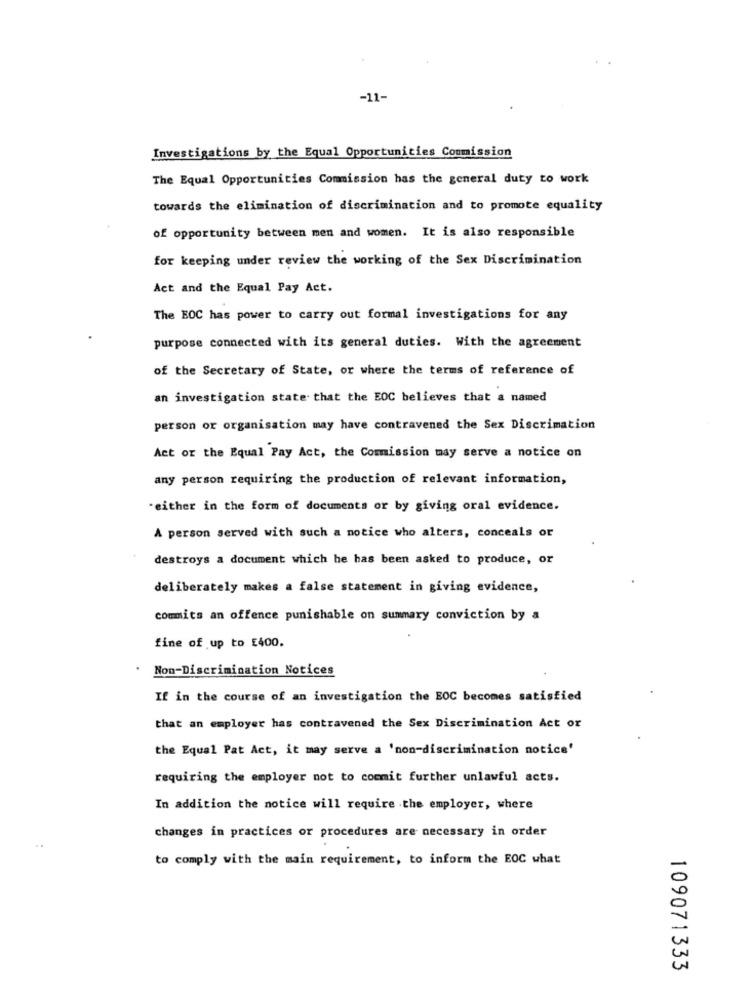
-11-
Investigations by the Equal Opportunities Commission
The Equal Opportunities Commission has the general duty to work
towards the elimination of discrimination and to promote equality
of opportunity between men and women. It is also responsible
for keeping under review the working of the Sex Discrimination
Act and the Equal Pay Act.
The BOC has power to carry out formal investigations for any
purpose connected with its general duties. With the agreement
of the Secretary of State, or where the terms of reference of
an investigation state that the EOC believes that a named
person or organisation may have contravened the Sex Discrimation
Act or the Equal Pay Act, the Commission may serve a notice on
any person requiring the production of relevant information,
-either in the form of documents or by giving oral evidence.
A person served with such a notice who alters, conceals or
destroys a document which he has been asked to produce, or
deliberately makes a false statement in giving evidence,
commits an offence punishable on summary conviction by a
fine of up to E400.
Non-Discrimination Notices
If in the course of an investigation the BOC becomes satisfied
that an employer has contravened the Sex Discrimination Act or
the Equal Pat Act, it may serve a 'non-discrimination notice'
requiring the employer not to commit further unlawful acts.
In addition the notice will require the employer, where
changes in practices or procedures are necessary in order
to comply with the main requirement, to inform the EOC what
109071333